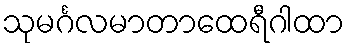
သုမင်္ဂလမာတာထေရီဂါထာ